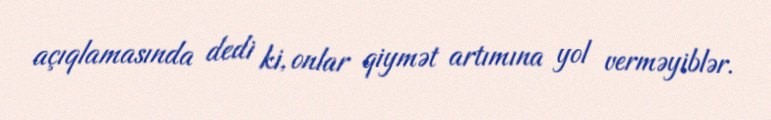
açıqlamasında dedi ki, onlar qiymət artımına yol verməyiblər.